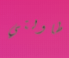
طاولتي